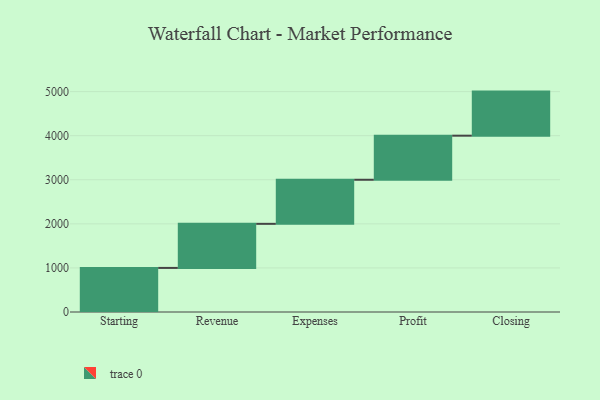
{"axis": {"x": "Step", "y": "Value"}, "legend": [""], "data": [{"x": "Starting", "y": 1000, "type": ""}, {"x": "Revenue", "y": 1000, "type": ""}, {"x": "Expenses", "y": 1000, "type": ""}, {"x": "Profit", "y": 1000, "type": ""}, {"x": "Closing", "y": 1000, "type": ""}]}